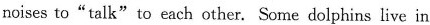
noises to "talk" to each other. Some dolphins live in